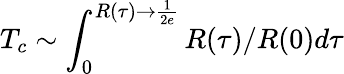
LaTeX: T_{c}\sim\int_{0}^{R(\tau)\rightarrow\frac{1}{2e}}R(\tau)/R(0)d\tau